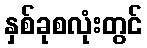
နှစ်ခုစလုံးတွင်